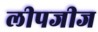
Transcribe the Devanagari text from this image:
लीपजीज